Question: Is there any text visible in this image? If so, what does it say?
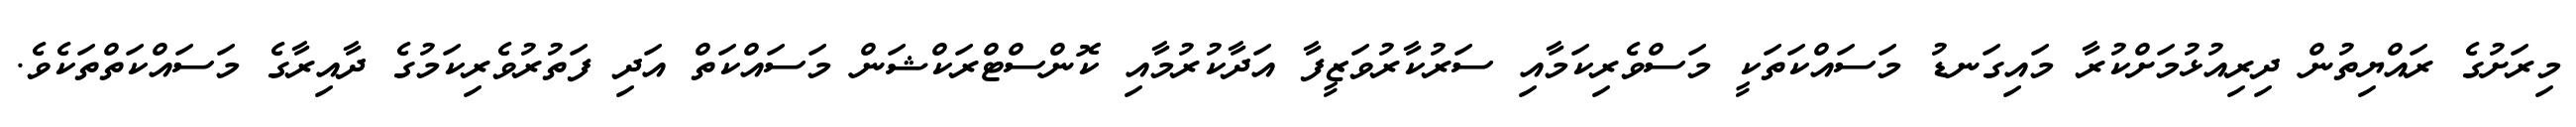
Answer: މިރަށުގެ ރައްޔިތުން ދިރިއުޅުމަށްކުރާ މައިގަނޑު މަސައްކަތަކީ މަސްވެރިކަމާއި ސަރުކާރުވަޒީފާ އަދާކުރުމާއި ކޮންސްޓްރަކްޝަން މަސައްކަތް އަދި ފަތުރުވެރިކަމުގެ ދާއިރާގެ މަސައްކަތްތަކެވެ.